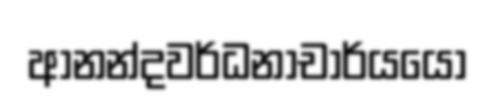
ආනන්දවර්ධනාචාර්යයෝ